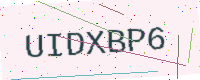
Text: UIDXBP6